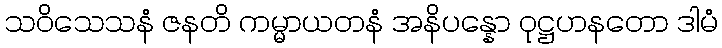
သဝိသေသနံ ဇနတိ ကမ္မာယတနံ အနိပန္နော ဝုဋ္ဌဟနတော ဒါမံ